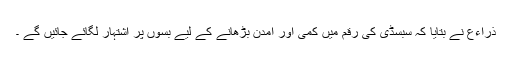
ذراءع نے بتایا کہ سبسڈی کی رقم میں کمی اور آمدن بڑھانے کے لیے بسوں پر اشتہار لگائے جائیں گے ۔